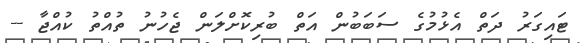
ޓައިގަރު ދަތް އެޅުމުގެ ސަބަބުން އަތް ބުރިކޮށްލަން ޖެހުނު ތުއްތު ކުއްޖާ --